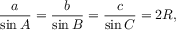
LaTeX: { \frac { a } { \sin A } } = { \frac { b } { \sin B } } = { \frac { c } { \sin C } } = 2 R ,